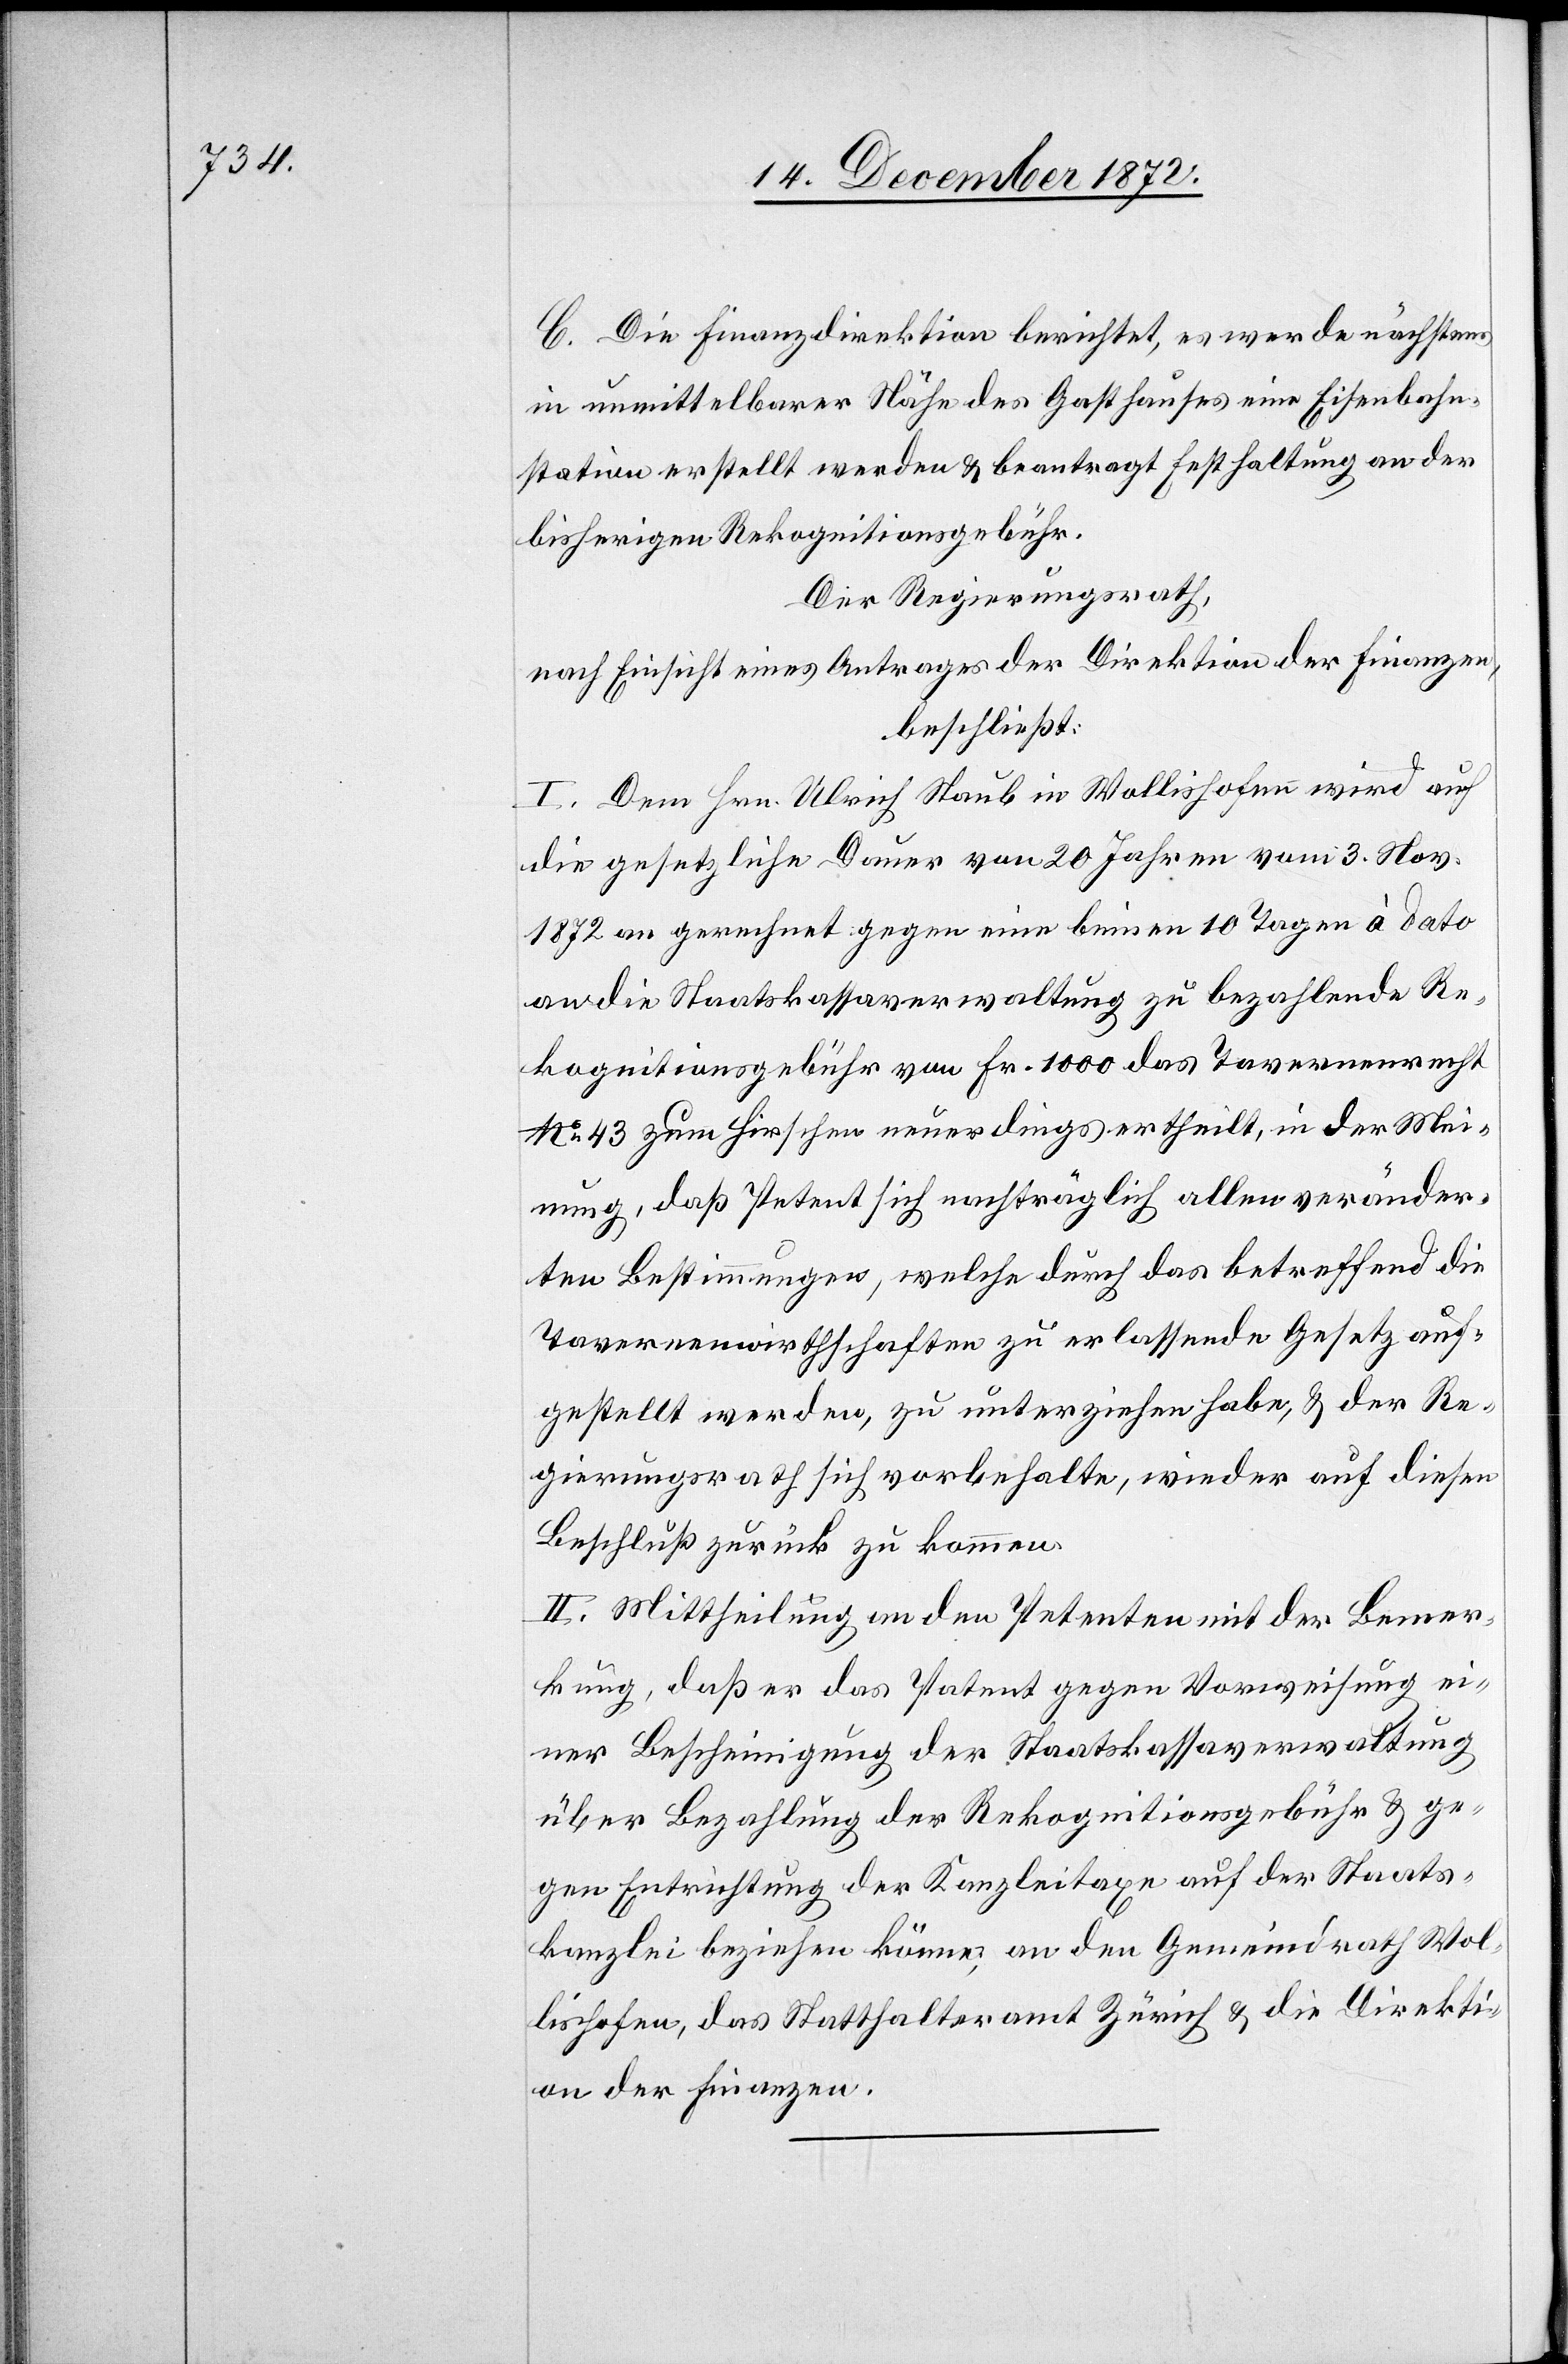
C. Die Finanzdirektion berichtet, es werde nächstens
in unmittelbarer Nähe des Gasthauses eine Eisenbahn¬
station erstellt werden u. beantragt Festhaltung an der
bisherigen Rekognitionsgebühr.
Der Regierungsrath,
nach Einsicht eines Antrages der Direktion der Finanzen,
beschließt:
I. Dem Hrn. Ulrich Staub in Wollishofen wird auf
die gesetzliche Dauer von 20 Jahren vom 3. Nov.
1872 an gerechnet gegen eine binnen 10 Tagen à dato
an die Staatskassaverwaltung zu bezahlende Re¬
kognitionsgebühr von Fr. 1000 das Tavernenrecht
No 43 zum Hirschen neuerdings ertheilt, in der Mei¬
nung, daß Petent sich nachträglich allen veränder¬
ten Bestimmungen, welche durch das betreffend die
Tavernenwirthschaften zu erlassende Gesetz auf¬
gestellt werden, zu unterziehen habe, u. der Re¬
gierungsrath sich vorbehalte, wieder auf diesen
Beschluß zurückzukommen.
II. Mittheilung an den Petenten mit der Bemer¬
kung, daß er das Patent gegen Vorweisung ei¬
ner Bescheinigung der Staatskassaverwaltung
über Bezahlung der Rekognitionsgebühr u. ge¬
gen Entrichtung der Kanzleitaxe auf der Staats¬
kanzlei beziehen könne, an den Gemeindrath Wol¬
lishofen, das Statthalteramt Zürich u. die Direkti¬
on der Finanzen.